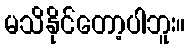
မသိနိုင်တော့ပါဘူး။